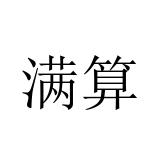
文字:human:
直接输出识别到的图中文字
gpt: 满算